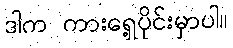
ဒါက ကားရှေ့ပိုင်းမှာပါ။